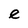
Character: e